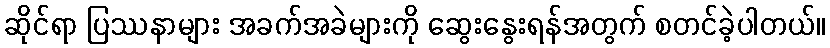
ဆိုင်ရာ ပြဿနာများ အခက်အခဲများကို ဆွေးနွေးရန်အတွက် စတင်ခဲ့ပါတယ်။